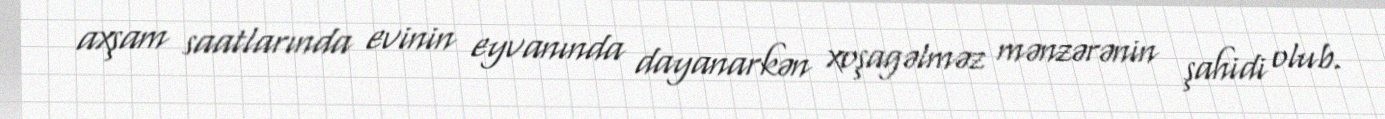
axşam saatlarında evinin eyvanında dayanarkən xoşagəlməz mənzərənin şahidi olub.